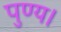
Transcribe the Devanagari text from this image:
पुण्य।